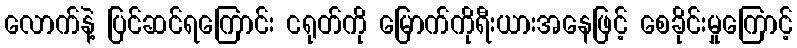
လောက်နဲ့ ပြင်ဆင်ရကြောင်း ငရုတ်ကို မြောက်ကိုရီးယားအနေဖြင့် စေခိုင်းမှုကြောင့်